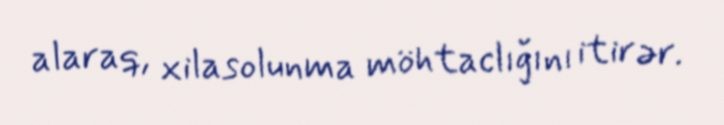
alaraq, xilasolunma möhtaclığını itirər.